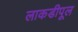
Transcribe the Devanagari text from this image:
लाकडीपूल